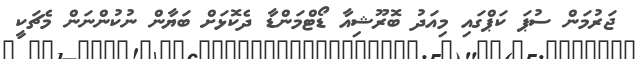
ޖަރުމަން ސުޕަ ކަޕްގައި މިއަދު ބޮރޫޝިއާ ޑޯޓްމަންޑާ ދެކޮޅަށް ބަޔާން ނުކުންނަން މެޗަކީ